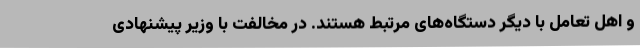
و اهل تعامل با دیگر دستگاه‌های مرتبط هستند. در مخالفت با وزیر پیشنهادی